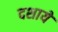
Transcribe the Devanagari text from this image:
दशाये